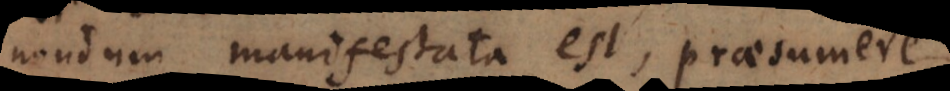
nondum manifestata est, praesumere,